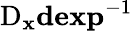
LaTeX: \mathrm{D}_{\mathbf{x}}\mathbf{dexp}^{-1}